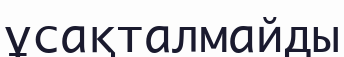
ұсақталмайды